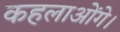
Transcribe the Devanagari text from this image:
कहलाओंगे।